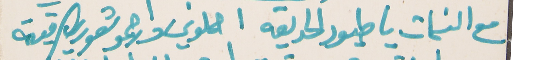
مع النسمات يا طيور الحديقه   احملوني وارحمو شعوري الرقيقه